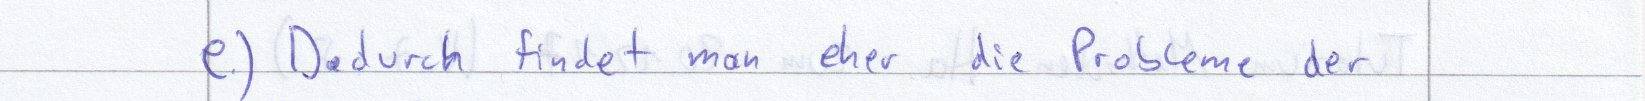
e.) Dadurch findet man eher die Probleme der